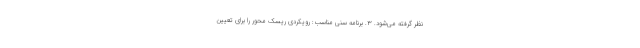
نظر گرفته می‌شود. ۳. برنامه سنی مناسب: رویکردی ریسک محور را برای تعیین